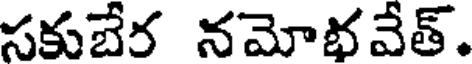
సకుబేర నమోభవేత్.